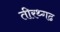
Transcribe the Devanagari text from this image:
तीरथ्गढ